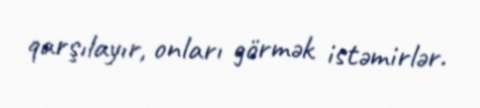
qarşılayır, onları görmək istəmirlər.